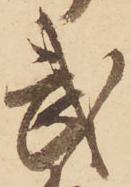
武